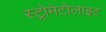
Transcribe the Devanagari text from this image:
स्ट्रोमेटोलाइट